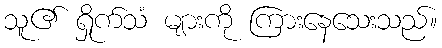
သူ၏ ရှိုက်သံ များကို ကြားနေသေးသည်။